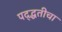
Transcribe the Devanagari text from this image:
पद्द्धतीचा